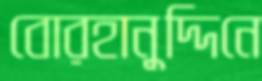
বোরহানুদ্দিনে